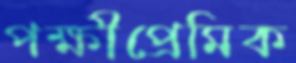
পক্ষীপ্রেমিক